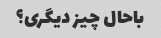
باحال چیز دیگری؟